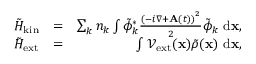
\begin{array} { r l r } { \tilde { H } _ { \mathrm { k i n } } } & { = } & { \sum _ { k } { n _ { k } \int \tilde { \phi } _ { k } ^ { * } \frac { \left( - i \nabla + { \bf A } ( t ) \right) ^ { 2 } } { 2 } \tilde { \phi } _ { k } \ \mathrm { d } { \bf x } } , } \\ { \tilde { H } _ { \mathrm { e x t } } } & { = } & { \int { \mathcal { V } _ { \mathrm { e x t } } ( { \bf x } ) \tilde { \rho } ( { \bf x } ) \ \mathrm { d } { \bf x } } , } \end{array}